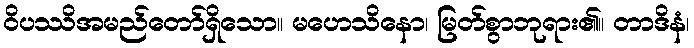
ဝိပဿိအမည်တော်ရှိသော။ မဟေသိနော၊ မြတ်စွာဘုရား၏။ တာဒိနံ၊